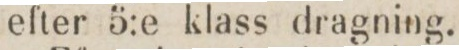
efter 5:e klass dragning.